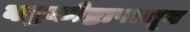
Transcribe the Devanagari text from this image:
बद्धकोष्टापासून